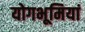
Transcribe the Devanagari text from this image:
योगभूमियां